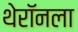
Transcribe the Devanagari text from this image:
थेरॉनला